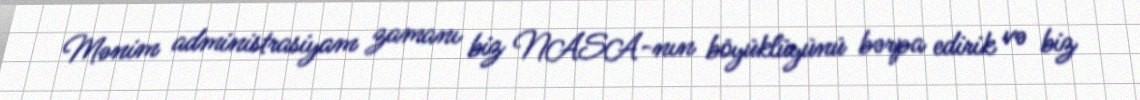
Mənim administrasiyam zamanı biz NASA-nın böyüklüyünü bərpa edirik və biz